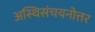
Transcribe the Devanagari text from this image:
अस्थिसंचयनोत्तर